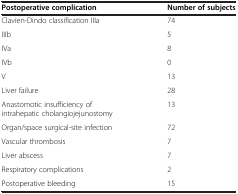
| Postoperative complication | Number of subjects |
 | --- | --- |
 | Clavien-Dindo classification IIIa | 74 |
 | IIIb | 5 |
 | IVa | 8 |
 | IVb | 0 |
 | V | 13 |
 | Liver failure | 28 |
 | Anastomotic insufficiency of intrahepatic cholangiojejunostomy | 13 |
 | Organ/space surgical-site infection | 72 |
 | Vascular thrombosis | 7 |
 | Liver abscess | 7 |
 | Respiratory complications | 2 |
 | Postoperative bleeding | 15 |